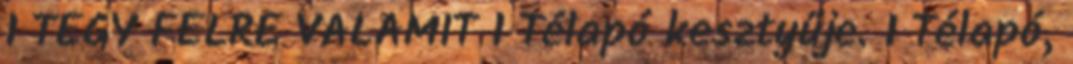
1 TÉGY FÉLRE VALAMIT 1 Télapó kesztyűje. 1 Télapó,